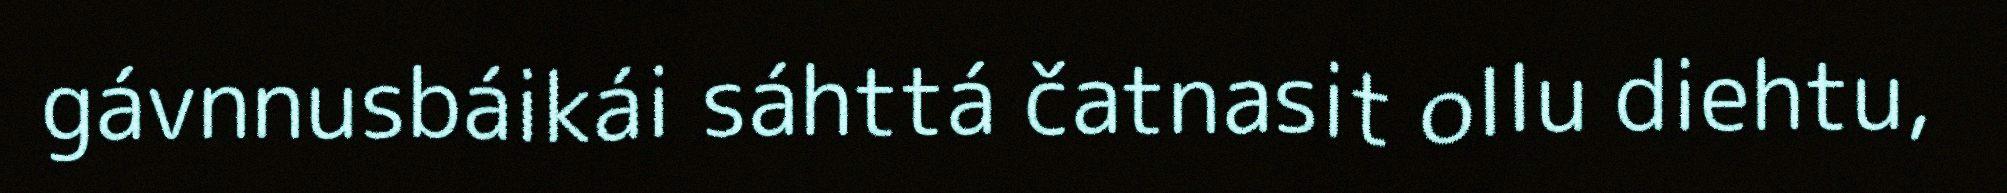
gávnnusbáikái sáhttá čatnasit ollu diehtu,